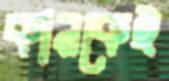
কানকেই